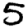
Digit: 5